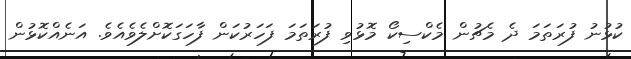
ކުޅުނު ފުރަތަމަ ދެ މެޗުން މެކްސިކޯ މޮޅުވި ފުރަތަމަ ފަހަރުކަން ފާހަގަކޮށްލެވެއެވެ. އަނެއްކޮޅުން